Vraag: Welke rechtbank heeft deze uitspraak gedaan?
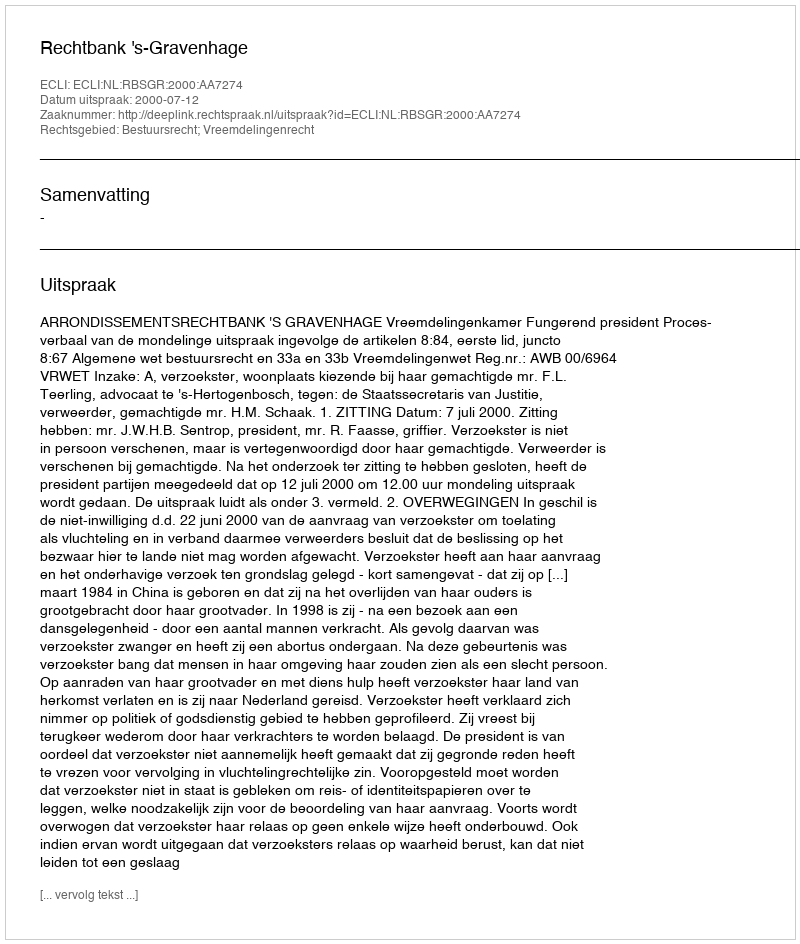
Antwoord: Rechtbank 's-Gravenhage